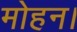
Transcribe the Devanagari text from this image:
मोहन।